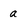
Character: a